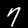
Label: 7